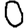
Digit: 0